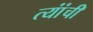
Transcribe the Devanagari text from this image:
त्यांंची